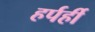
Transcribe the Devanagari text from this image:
हर्पर्ही